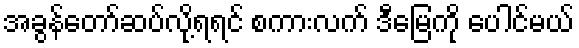
အခွန်တော်ဆပ်လို့ရရင် စကားလက် ဒီမြေကို ပေါင်မယ်